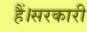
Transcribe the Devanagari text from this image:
हैं।सरकारी